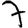
Digit: 7